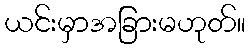
ယင်းမှာအခြားမဟုတ်။